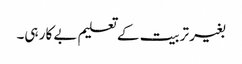
بغیر تربیت کے تعلیم بے کار ہی۔